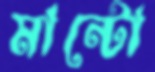
মান্টো